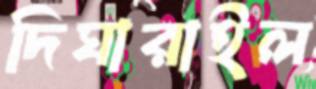
দিঘারাইল